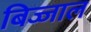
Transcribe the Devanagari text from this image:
बिज्जाल